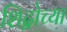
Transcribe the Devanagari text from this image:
शिद्वोच्या